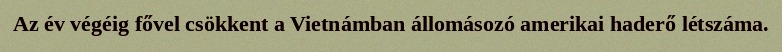
Az év végéig fővel csökkent a Vietnámban állomásozó amerikai haderő létszáma.